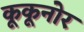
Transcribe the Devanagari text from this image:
कूकूनोर